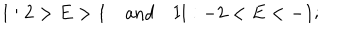
\mathrm { I } : 2 > E > 1 \quad \mathrm { a n d } \quad \mathrm { I I } : - 2 < E < - 1 ;